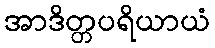
အာဒိတ္တပရိယာယံ